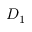
D _ { 1 }